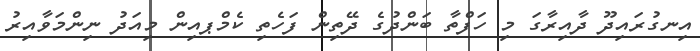
އިނގުރައިދޫ ދާއިރާގަ މި ހަފްތާ ބަންދުގެ ދޭތިން ފަހެތި ކެމްޕއިން މިއަދު ނިންމަވާއިރު